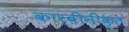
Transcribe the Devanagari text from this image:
कार्बीनीकृत